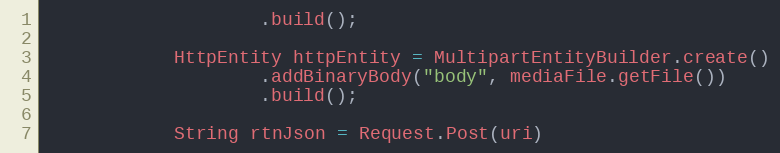
Language: Java
                    .build();

            HttpEntity httpEntity = MultipartEntityBuilder.create()
                    .addBinaryBody("body", mediaFile.getFile())
                    .build();

            String rtnJson = Request.Post(uri)